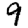
Digit: 9